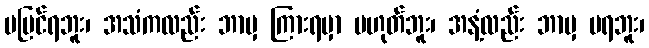
မမြင်ရဘူး၊ အသံကလည်း ဘာမှ ကြားရမှာ မဟုတ်ဘူး၊ အနံ့လည်း ဘာမှ မရဘူး၊